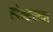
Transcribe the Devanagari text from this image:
स्पेन्सरच्या